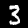
Label: 3